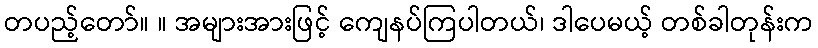
တပည့်တော်။ ။ အများအားဖြင့် ကျေနပ်ကြပါတယ်၊ ဒါပေမယ့် တစ်ခါတုန်းက